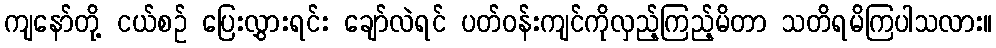
ကျနော်တို့ ငယ်စဉ် ပြေးလွှားရင်း ချော်လဲရင် ပတ်ဝန်းကျင်ကိုလှည့်ကြည့်မိတာ သတိရမိကြပါသလား။